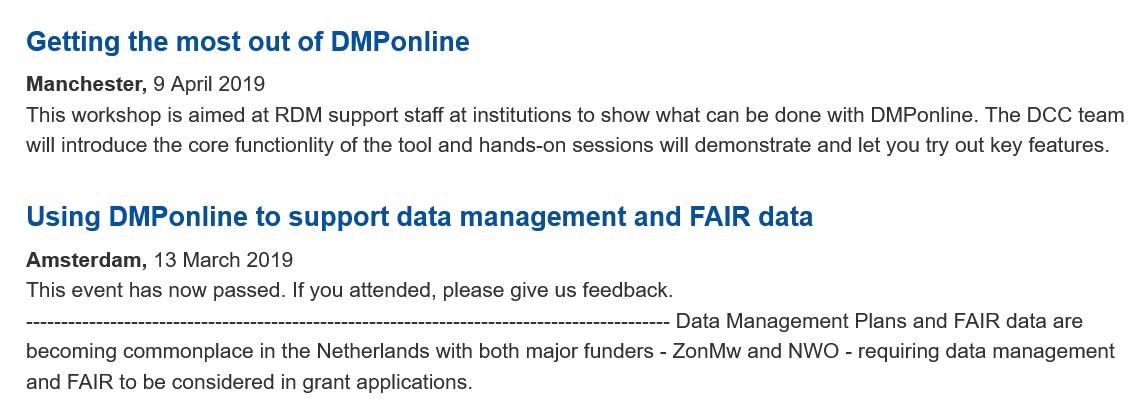
Getting   the most   out  of DMPonline
   Manchester, 9 April 2019
   This workshop is aimed at RDM support staff at institutions to show what can be done with DMPonline. The DCC team
   will introduce the core functionlity of the tool and hands-on sessions will demonstrate and let you try out key features.
   Using   DMPonline    to support   data  management    and   FAIR  data
   Amsterdam.  13 March 2019
   This event has now passed. If you attended, please give us feedback.
     nenne enn nnn ences n nnn nnn n nnn nnn ne
     Data Management Plans  and FAIR data are
   becoming commonplace in the Netherlands with both major funders
     -
     ZonMw  and NWO - requiring data management
   and FAIR to be considered in grant applications.